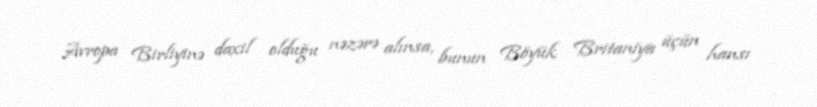
Avropa Birliyinə daxil olduğu nəzərə alınsa, bunun Böyük Britaniya üçün hansı